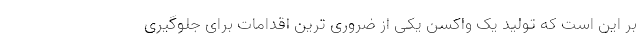
بر این است که تولید یک واکسن یکی از ضروری ترین اقدامات برای جلوگیری